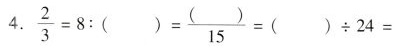
4.$$\frac { 2 } { 3 } = 8 : ( )= \frac { ( ) } { 1 5 } = ( ) \div 2 4 =$$